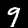
Label: 9